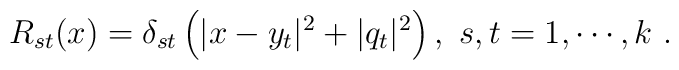
R_{st}(x) =  \delta_{st} \left( |x-y_t|^2 + |q_t|^2\right), ~s,t=1,\cdots,k~.